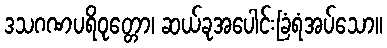
ဒသဂဏပရိဝုတ္တော၊ ဆယ်ခုအပေါင်းခြံရံအပ်သော။